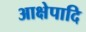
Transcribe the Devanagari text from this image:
आक्षेपादि